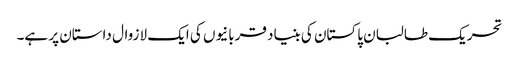
تحریک طالبان پاکستان کی بنیاد قربانیوں کی ایک لازوال داستان پر ہے۔